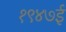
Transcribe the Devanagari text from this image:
१९४७ई